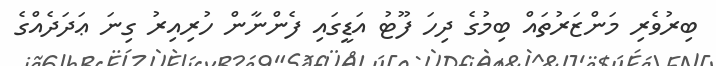
ބިރުުވެރި މަންޒަރުތައް ބިމުގެ ދިހަ ފޫޓު އަޑީގައި ފެންނާން ހުރިއިރު ގިނަ ޢަދަދެއްގެ